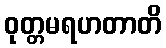
ဝုတ္တမရဟတာတိ